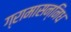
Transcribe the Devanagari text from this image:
ग्रामासन्निध